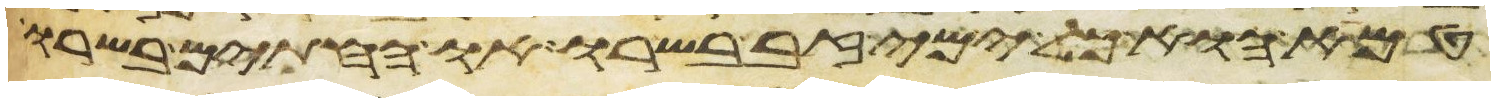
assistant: טמא הוא כל ימי זב בשרו או החתים בשרו